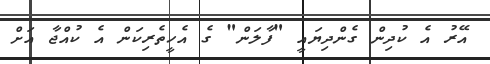
އޭރު އެ ކުދިން ގެންދިޔައީ "ފާލަން" ގެ އެހީތެރިކަން އެ ކުއްޖާ އަށް